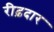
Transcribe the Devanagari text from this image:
रीढ़दार